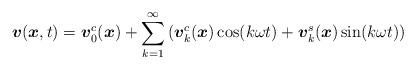
LaTeX: \begin{align*}\boldsymbol{v}(\boldsymbol{x},t) = \boldsymbol{v}_0^c(\boldsymbol{x}) + \sum_{k=1}^{\infty} \left(\boldsymbol{v}_k^c(\boldsymbol{x}) \cos(k \omega t) + \boldsymbol{v}_k^s(\boldsymbol{x}) \sin(k \omega t)\right)\end{align*}